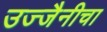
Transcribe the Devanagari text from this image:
उज्जैनीचा